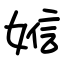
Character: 㜃